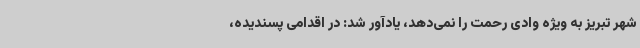
شهر تبریز به ویژه وادی رحمت را نمی‌دهد، یادآور شد: در اقدامی پسندیده،